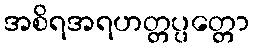
အစိရအရဟတ္တပ္ပတ္တော